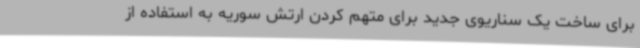
برای ساخت یک سناریوی جدید برای متهم کردن ارتش سوریه به استفاده از